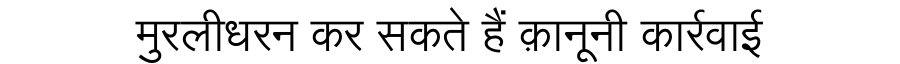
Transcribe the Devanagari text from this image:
मुरलीधरन कर सकते हैं क़ानूनी कार्रवाई